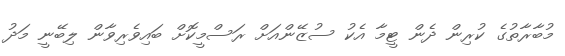
މުބާރާތުގެ ކުރިން ދެން ޓީމާ އެކު ސުޒޭންއަށް ރަސްމީކޮށް ބައިވެރިވާން ލިބޭނީ މަދު